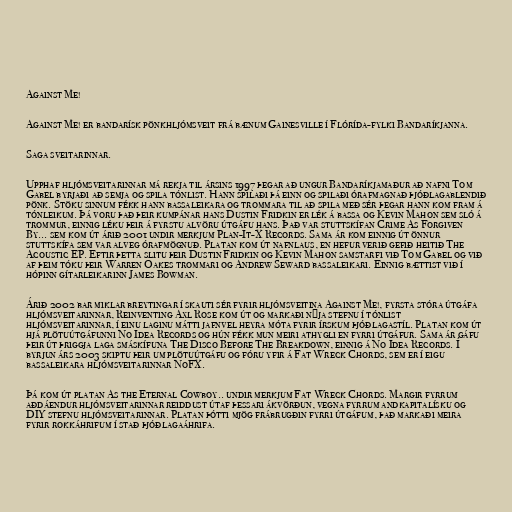
Against Me!

Against Me! er bandarísk pönkhljómsveit frá bænum Gainesville í Flórída-fylki Bandaríkjanna.

Saga sveitarinnar.

Upphaf hljómsveitarinnar má rekja til ársins 1997 þegar að ungur Bandaríkjamaður að nafni Tom
Gabel byrjaði að semja og spila tónlist. Hann spilaði þá einn og spilaði órafmagnað þjóðlagablendið
pönk. Stöku sinnum fékk hann bassaleikara og trommara til að spila með sér þegar hann kom fram á
tónleikum. Þá voru það þeir kumpánar hans Dustin Fridkin er lék á bassa og Kevin Mahon sem sló á
trommur, einnig léku þeir á fyrstu alvöru útgáfu hans. Það var stuttskífan Crime As Forgiven
By... sem kom út árið 2001 undir merkjum Plan-It-X Records. Sama ár kom einnig út önnur
stuttskífa sem var alveg órafmögnuð. Platan kom út nafnlaus, en hefur verið gefið heitið The
Acoustic EP. Eftir þetta slitu þeir Dustin Fridkin og Kevin Mahon samstarfi við Tom Gabel og við
af þeim tóku þeir Warren Oakes trommari og Andrew Seward bassaleikari. Einnig bættist við í
hópinn gítarleikarinn James Bowman.

Árið 2002 bar miklar breytingar í skauti sér fyrir hljómsveitina Against Me!, fyrsta stóra útgáfa
hljómsveitarinnar, Reinventing Axl Rose kom út og markaði nýja stefnu í tónlist
hljómsveitarinnar, í einu laginu mátti jafnvel heyra móta fyrir írskum þjóðlagastíl. Platan kom út
hjá plötuútgáfunni No Idea Records og hún fékk mun meiri athygli en fyrri útgáfur. Sama ár gáfu
þeir út þriggja laga smáskífuna The Disco Before The Breakdown, einnig á No Idea Records. Í
byrjun árs 2003 skiptu þeir um plötuútgáfu og fóru yfir á Fat Wreck Chords, sem er í eigu
bassaleikara hljómsveitarinnar NoFX.

Þá kom út platan As the Eternal Cowboy.. undir merkjum Fat Wreck Chords. Margir fyrrum
aðdáendur hljómsveitarinnar reiddust útaf þessari ákvörðun, vegna fyrrum andkapitalísku og
DIY stefnu hljómsveitarinnar. Platan þótti mjög frábrugðin fyrri útgáfum, það markaði meira
fyrir rokkáhrifum í stað þjóðlagaáhrifa.